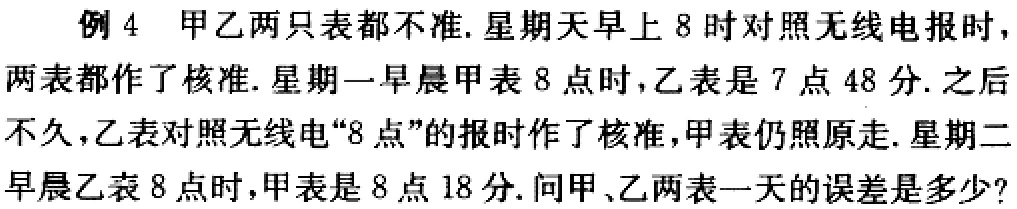
例 4 甲乙两只表都不准.星期天早上 8 时对照无线电报时，两表都作了核准. 星期一早晨甲表 8 点时，乙表是 7 点 48 分. 之后不久，乙表对照无线电“8 点”的报时作了核准，甲表仍照原走. 星期二早晨乙表 8 点时，甲表是 8 点 18 分. 问甲、乙两表一天的误差是多少?